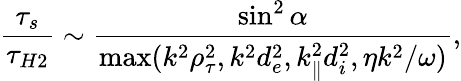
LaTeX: \frac{\tau_{s}}{\tau_{H2}}\sim\frac{\sin^{2}\alpha}{\operatorname*{max}(k^{2}\rho_{\tau}^{2},k^{2}d_{e}^{2},k_{\parallel}^{2}d_{i}^{2},\eta k^{2}/\omega)},